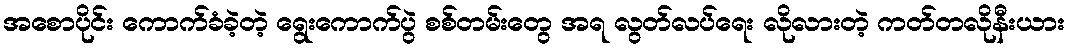
အစောပိုင်း ကောက်ခံခဲ့တဲ့ ရွေးကောက်ပွဲ စစ်တမ်းတွေ အရ လွတ်လပ်ရေး လိုလားတဲ့ ကတ်တလိုနီးယား